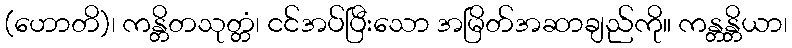
(ဟောတိ)၊ ကန္တိတသုတ္တံ၊ ငင်အပ်ပြီးသော အမြိတ်အဆာချည်ကို။ ကန္တန္တိယာ၊